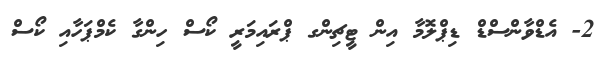
2- އެޑްވާންސްޑް ޑިޕްލޮމާ އިން ޓީޗިންގ ޕްރައިމަރީ ކޯސް ހިންގާ ކެމްޕަހާއި ކޯސް